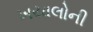
ખયાલોની